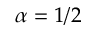
\alpha = 1 / 2